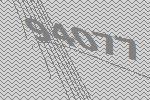
94077